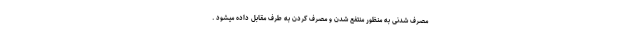
مصرف شدنی به منظور منتفع شدن و مصرف کردن به طرف مقابل داده میشود .